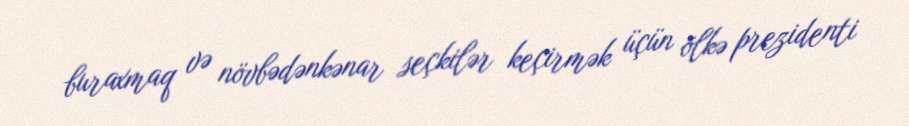
buraxmaq və növbədənkənar seçkilər keçirmək üçün ölkə prezidenti